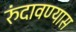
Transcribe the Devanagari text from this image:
रुंदावण्यास